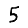
Digit: 5